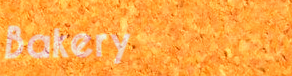
Bakery